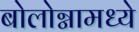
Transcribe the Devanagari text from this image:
बोलोग्नामध्ये